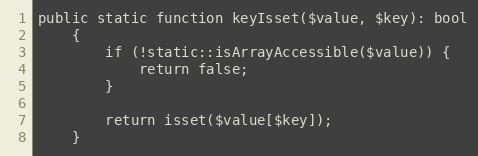
Language: PHP
public static function keyIsset($value, $key): bool
    {
        if (!static::isArrayAccessible($value)) {
            return false;
        }

        return isset($value[$key]);
    }